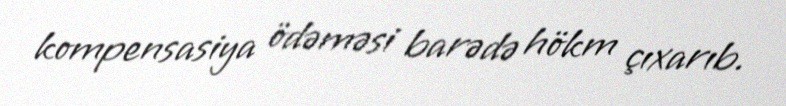
kompensasiya ödəməsi barədə hökm çıxarıb.